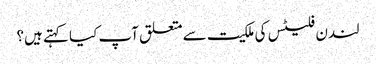
لندن فلیٹس کی ملکیت سے متعلق آپ کیا کہتے ہیں؟